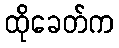
ထိုခေတ်က